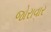
જોરાવાર